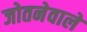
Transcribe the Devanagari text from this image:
जोतनेवाले